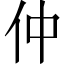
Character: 仲